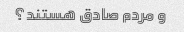
و مردم صادق هستند؟